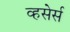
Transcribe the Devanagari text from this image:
व्हसेर्स